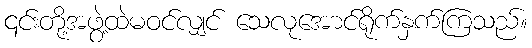
၎င်းတို့အဖွဲ့ထဲမဝင်လျှင် သေလုအောင်ရိုက်နှက်ကြသည်။